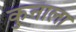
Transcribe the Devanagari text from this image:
कुनाला